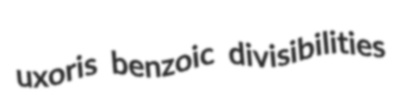
uxoris benzoic divisibilities